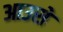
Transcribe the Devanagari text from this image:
आउसे